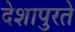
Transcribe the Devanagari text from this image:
देशापुरते